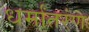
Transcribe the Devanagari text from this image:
धर्मांतरंण